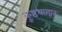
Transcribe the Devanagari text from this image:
कुष्ठधामात